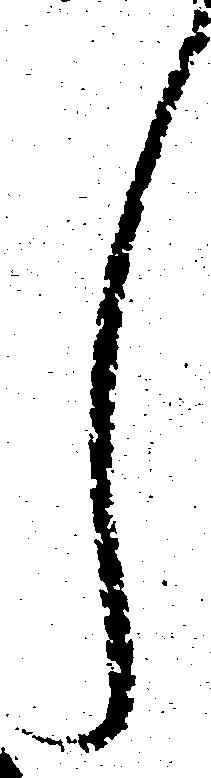
し